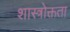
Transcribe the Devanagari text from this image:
शास्त्रोक्तता